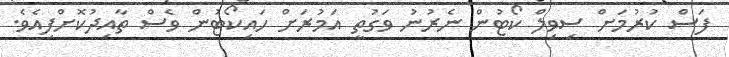
ފަސް ކުރުމަށް ސިވިލް ކޯޓުން ނެރުނު ވަގުތީ އަމުރަށް ހައިކޯޓުން ވެސް ތާއިދުކޮށްފިއެވެ.